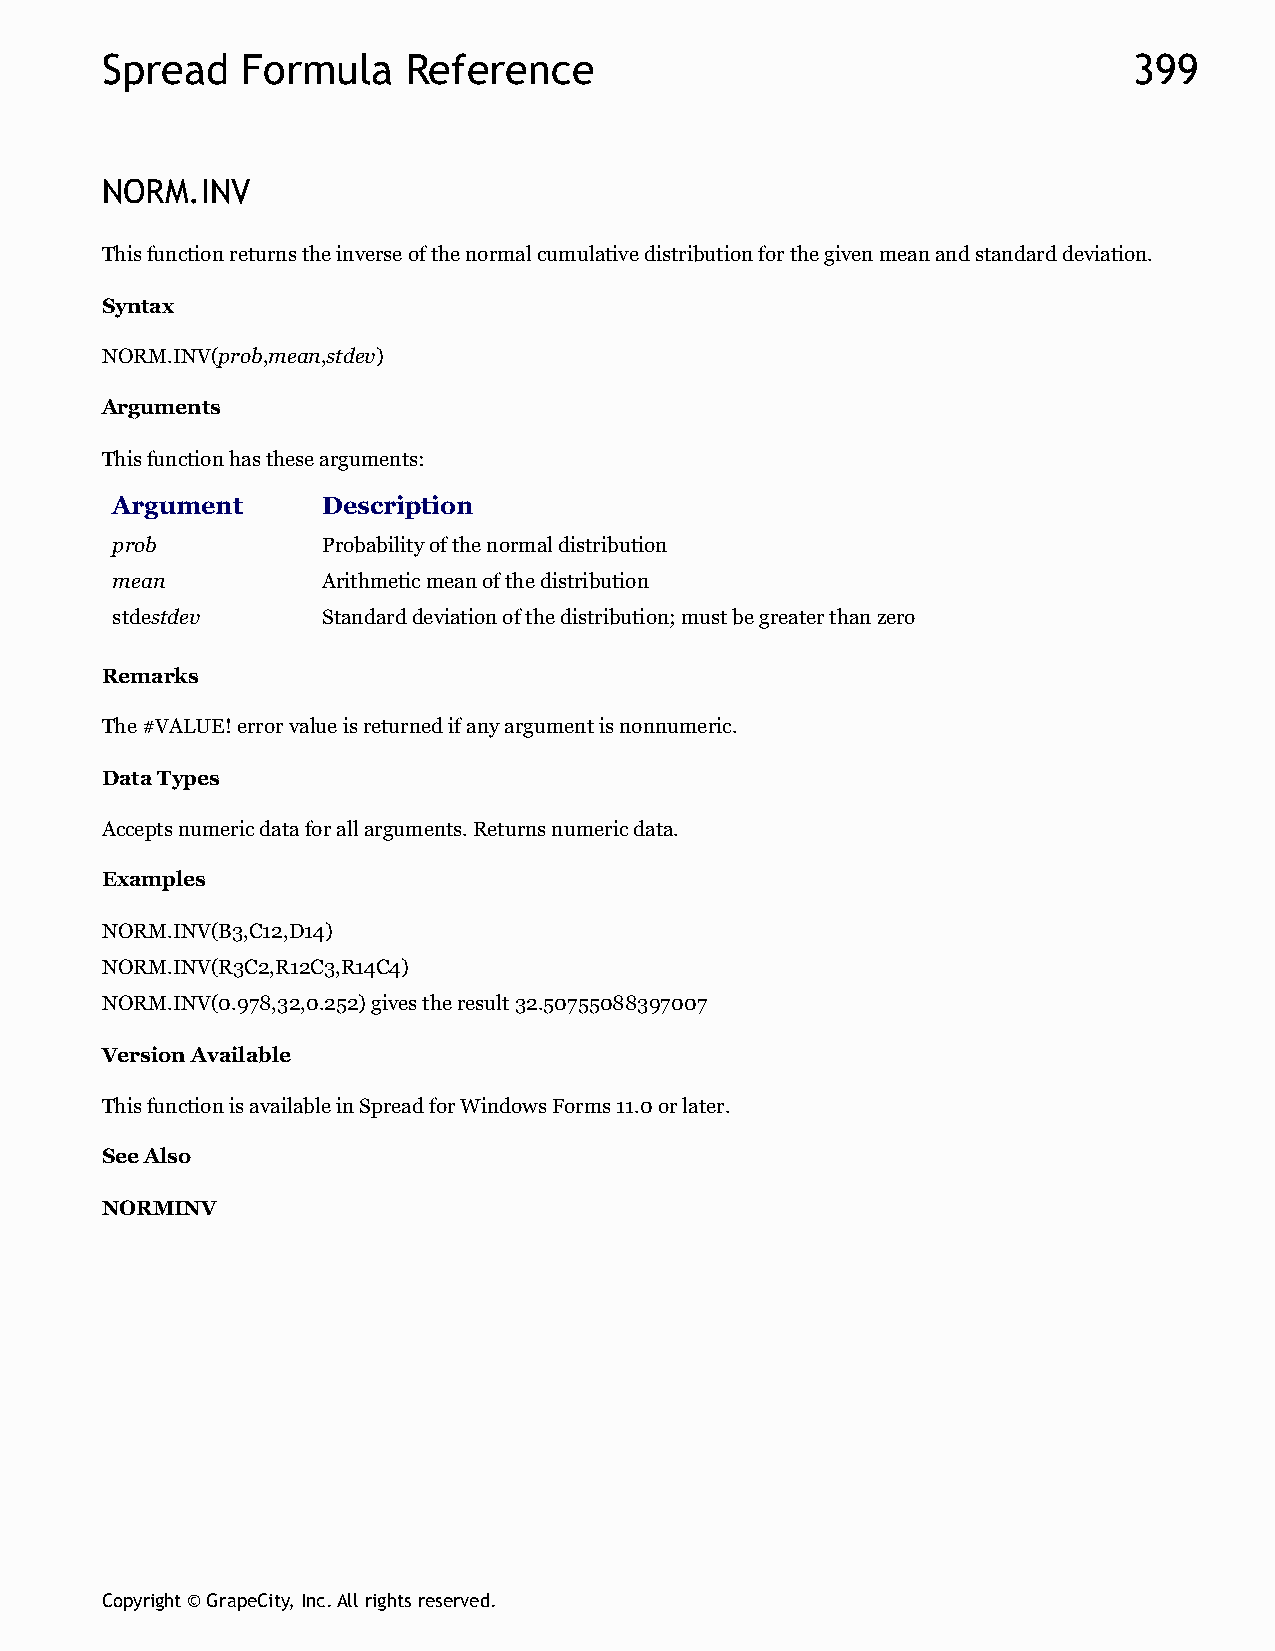
Spread   Formula    Reference                                       399
 NORM.INV
 This function returns the inverse of the normal cumulative distribution for the given mean and standard deviation.
 Syntax
 NORM.INV(prob,mean,stdev)
 Arguments
 This function has these arguments:
 Argument      Description
 prob          Probability of the normal distribution
 mean          Arithmetic mean of the distribution
 stdestdev     Standard deviation of the distribution; must be greater than zero
 Remarks
 The #VALUE! error value is returned if any argument is nonnumeric.
 Data Types
 Accepts numeric data for all arguments. Returns numeric data.
 Examples
 NORM.INV(B3,C12,D14)
 NORM.INV(R3C2,R12C3,R14C4)
 NORM.INV(0.978,32,0.252) gives the result 32.50755088397007
 Version Available
 This function is available in Spread for Windows Forms 11.0 or later.
 See Also
 NORMINV
 Copyright © GrapeCity, Inc. All rights reserved.